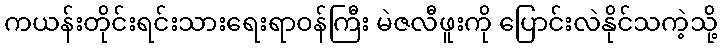
ကယန်းတိုင်းရင်းသားရေးရာဝန်ကြီး မဲဇလီဖူးကို ပြောင်းလဲနိုင်သကဲ့သို့